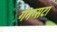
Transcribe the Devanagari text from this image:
गेनग्सटा